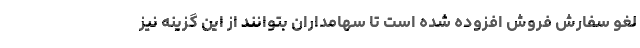
لغو سفارش فروش افزوده شده است تا سهامداران بتوانند از این گزینه نیز